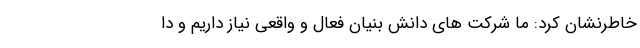
خاطرنشان کرد: ما شرکت های دانش بنیان فعال و واقعی نیاز داریم و دا